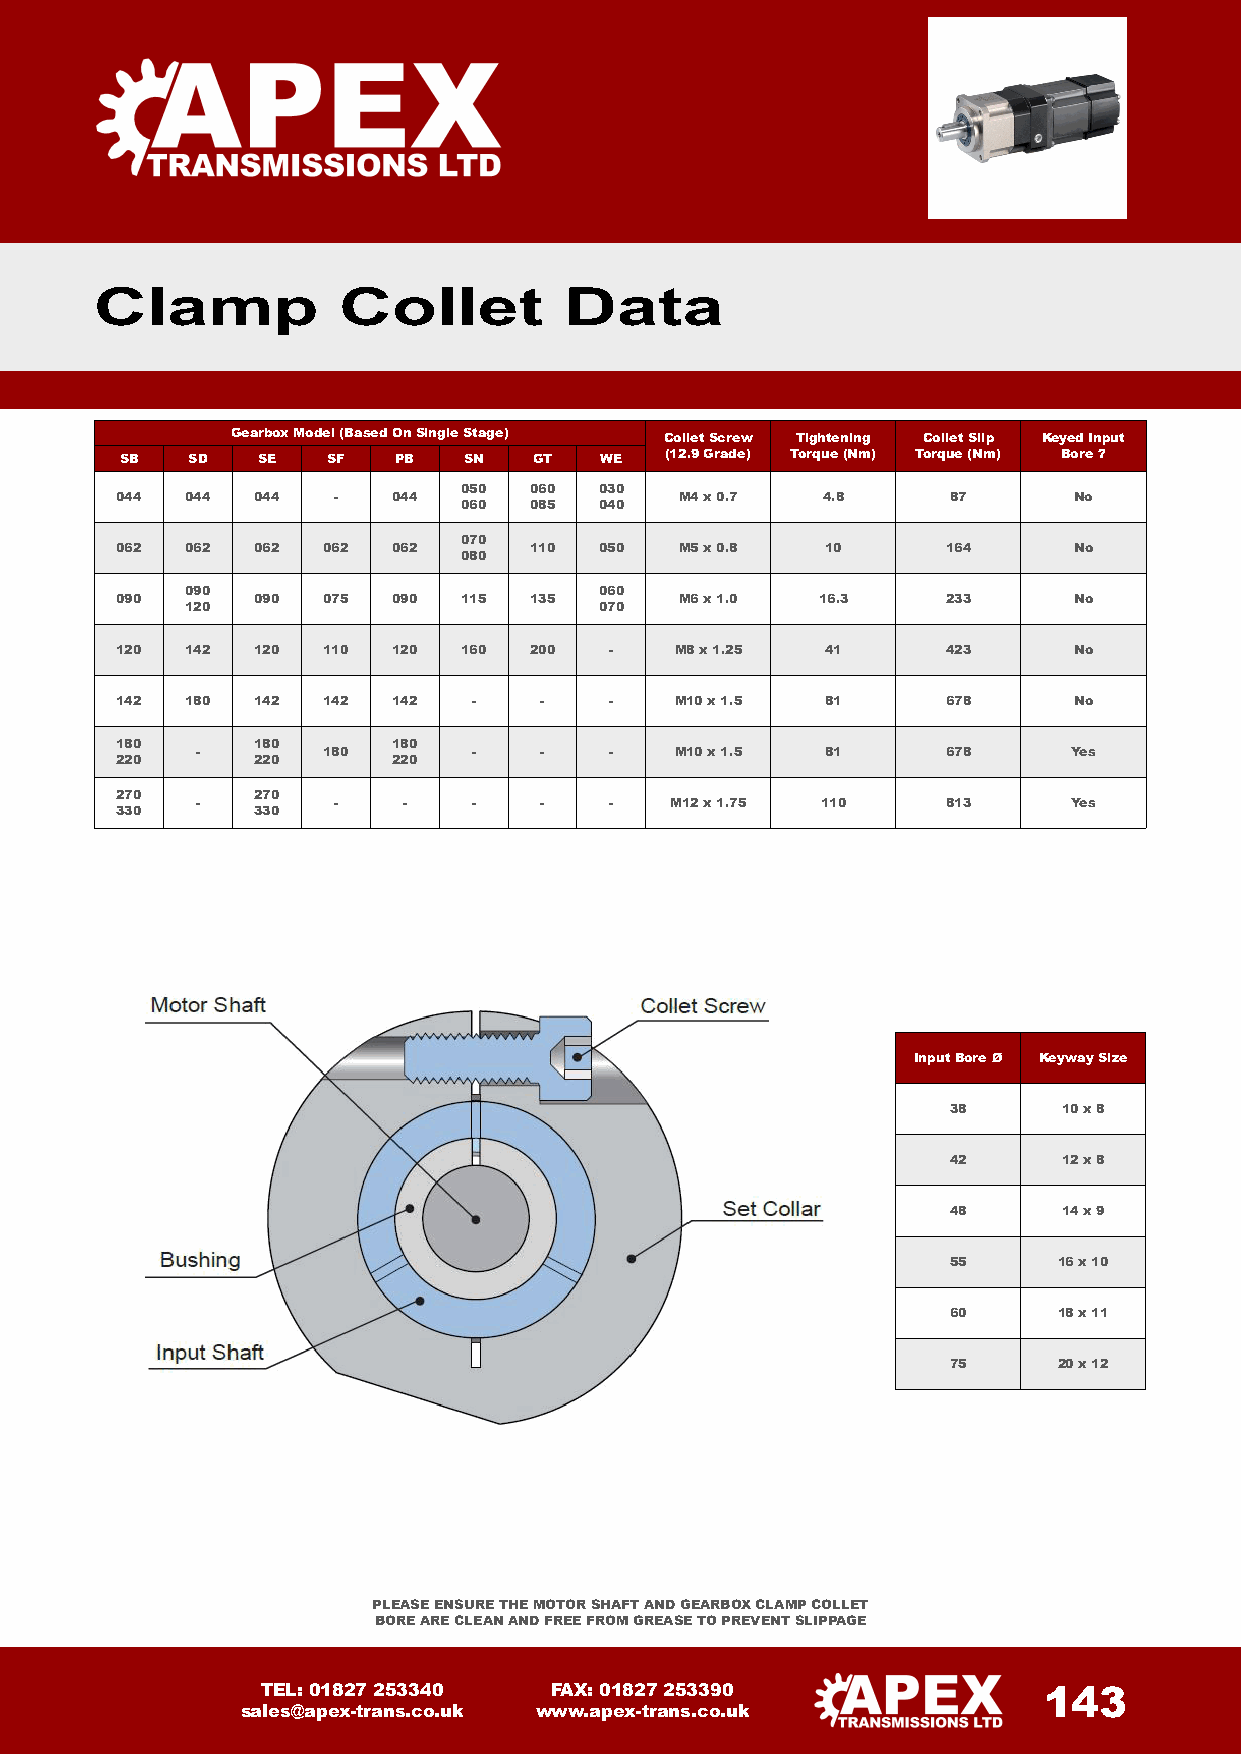
Clamp           Collet         Data
 Gearbox Model (Based OnSingle Stage) ColletScrew Tightening Collet Slip Keyed Input
 SB  SD   SE   SF  PB   SN  GT   WE  (12.9 Grade) Torque(Nm) Torque (Nm) Bore ?
 050  060  030
 044 044  044  -   044                M4 x 0.7 4.8      87      No
 060  085  040
 070
 062 062  062 062  062      110  050  M5 x 0.8  10      164     No
 080
 090                         060
 090      090 075  090 115  135       M6 x 1.0 16.3     233     No
 120                         070
 120 142  120 110  120 160  200  -    M8 x 1.25 41      423     No
 142 180  142 142  142  -    -   -    M10 x 1.5 81      678     No
 180      180      180
 -       180       -    -   -    M10 x 1.5 81      678     Yes
 220      220      220
 270      270
 -        -    -   -    -   -   M12 x 1.75 110     813     Yes
 330      330
 InputBore Ø KeywaySize
 38     10 x 8
 42     12 x8
 48     14 x 9
 55     16 x 10
 60     18 x 11
 75     20 x 12
 PLEASE ENSURE THE MOTOR SHAFT AND GEARBOX CLAMP COLLET
 BORE ARE CLEAN AND FREE FROM GREASE TO PREVENT SLIPPAGE
 TEL: 01827 253340  FAX: 01827 253390                143
 sales@apex-trans.co.uk www.apex-trans.co.uk